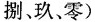
捌玖零)